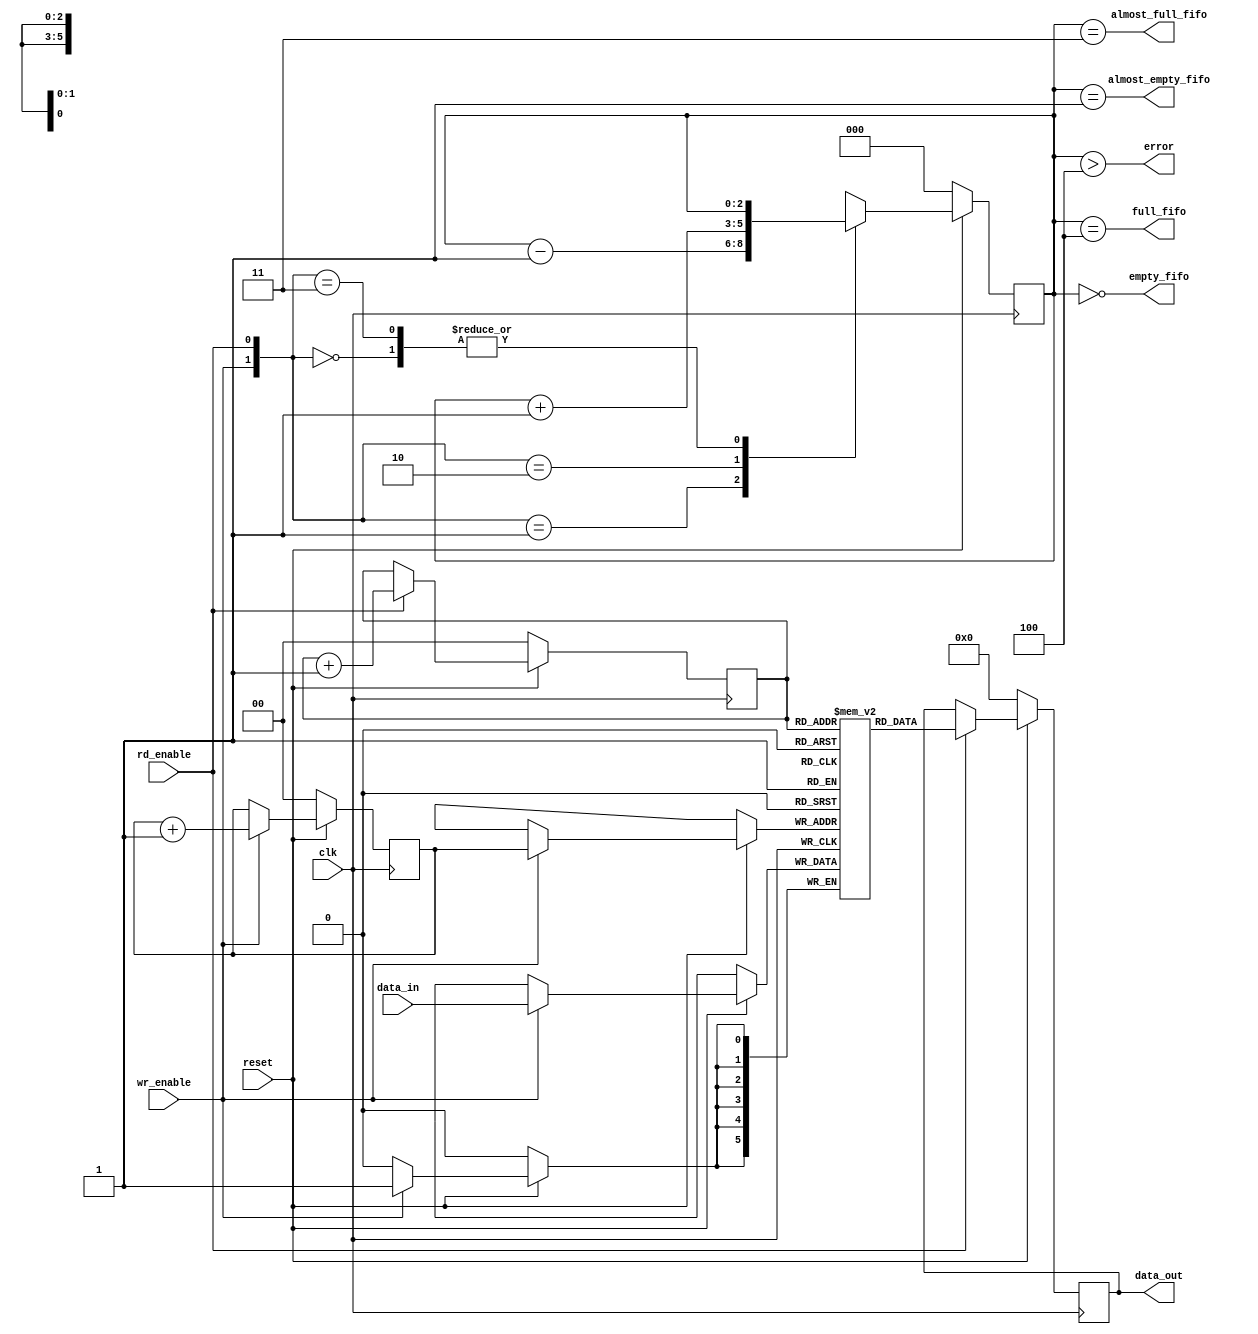
module fifo #(
            parameter data_width = 6,
			parameter address_width = 2
            )
            (
            input clk, reset, wr_enable, rd_enable,
            input [data_width-1:0] data_in,
            output full_fifo,
            output empty_fifo,
            output almost_full_fifo,
            output almost_empty_fifo,
            output error,
            output reg [data_width-1:0] data_out
            );

    parameter size_fifo = 2**address_width;
    reg [data_width-1:0] mem [0:size_fifo-1];
    reg [address_width-1:0] wr_ptr;
    reg [address_width-1:0] rd_ptr;
    reg [address_width:0] cnt;

    assign full_fifo = (cnt == size_fifo);
    assign empty_fifo = (cnt == 0);  
    assign error = (cnt > size_fifo);
    assign almost_empty_fifo = (cnt == 1);
    assign almost_full_fifo = (cnt == size_fifo-1);


// WRITE //
    always @(posedge clk) begin
       if (reset == 0) begin
       wr_ptr <= 0;
       end
       else begin
           if (wr_enable == 1) begin
                mem[wr_ptr] <= data_in;
                wr_ptr <= wr_ptr+1;
           end
       end  
    end

// READ //
    always @(posedge clk) begin
       if (reset == 0) begin
       rd_ptr <= 0;
       data_out <=0;
       end
       else begin
           if (rd_enable == 1) begin
                data_out <= mem[rd_ptr];
                rd_ptr <= rd_ptr+1;
           end
       end  
    end

//COUNTERS//
    always @(posedge clk) begin
       if (reset == 0) begin
            cnt <= 0;
       end
       else begin
           case ({wr_enable, rd_enable})
               2'b00: cnt <= cnt;
               2'b01: cnt <= cnt-1;
               2'b10: cnt <= cnt+1;
               2'b11: cnt <= cnt;
               default: cnt <= cnt;
           endcase
           end
       end  

  
       
endmodule